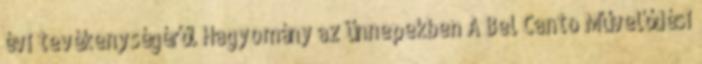
évi tevékenységéről Hagyomány az ünnepekben A Bel Canto Művelődési